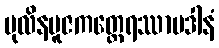
ပုလိနပူဇကတ္ထေရဿာပဒါနံ